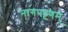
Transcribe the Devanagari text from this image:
नागपट्टणम्